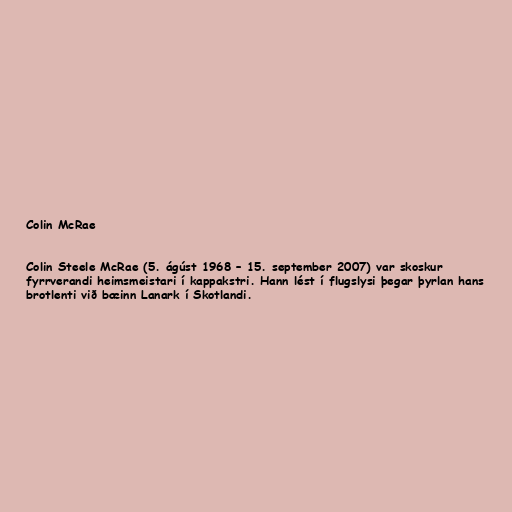
Colin McRae

Colin Steele McRae (5. ágúst 1968 – 15. september 2007) var skoskur
fyrrverandi heimsmeistari í kappakstri. Hann lést í flugslysi þegar þyrlan hans
brotlenti við bæinn Lanark í Skotlandi.